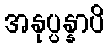
အနုပ္ပန္နာပိ